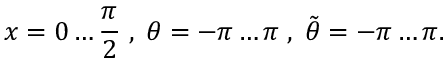
x = 0 \ldots \frac { \pi } { 2 } \; , \; \theta = - \pi \ldots \pi \; , \; \tilde { \theta } = - \pi \ldots \pi .